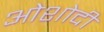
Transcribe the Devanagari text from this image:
ओशोदी